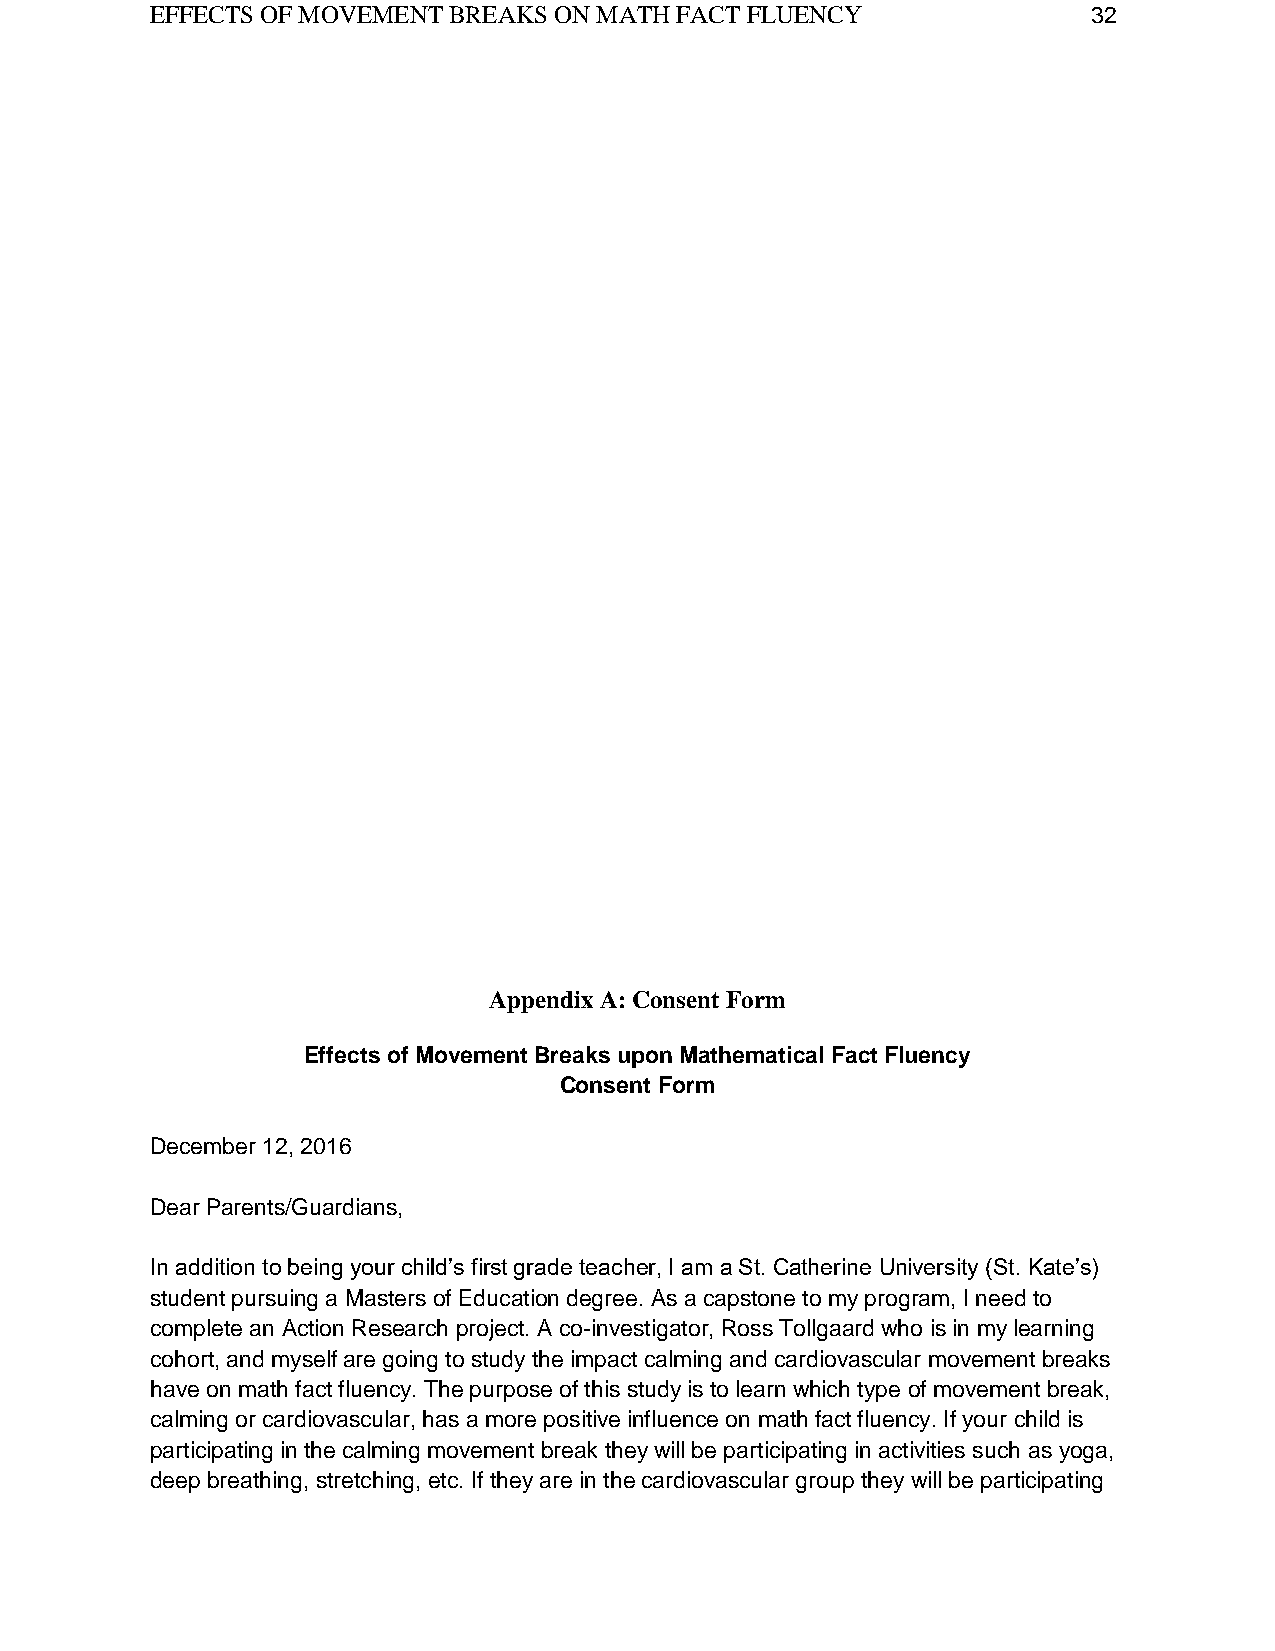
EFFECTS OF MOVEMENT BREAKS ON MATH FACT FLUENCY               32
 Appendix A: Consent Form
 Effects of Movement Breaks upon Mathematical Fact Fluency
 Consent Form
 December 12, 2016
 Dear Parents/Guardians,
 In addition to being your child’s first grade teacher, I am a St. Catherine University (St. Kate’s)
 student pursuing a Masters of Education degree. As a capstone to my program, I need to
 complete an Action Research project. A co-investigator, Ross Tollgaard who is in my learning
 cohort, and myself are going to study the impact calming and cardiovascular movement breaks
 have on math fact fluency. The purpose of this study is to learn which type of movement break,
 calming or cardiovascular, has a more positive influence on math fact fluency. If your child is
 participating in the calming movement break they will be participating in activities such as yoga,
 deep breathing, stretching, etc. If they are in the cardiovascular group they will be participating